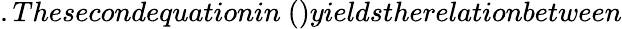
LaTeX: .Thesecondequationin~()yieldstherelationbetween